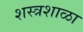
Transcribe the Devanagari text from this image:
शस्त्रशाळा